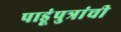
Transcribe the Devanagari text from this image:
पाडूंपुत्रांची